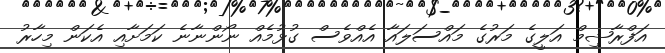
އަފްރާޝިމް އަލީގެ މަރުގެ މައްސަލައާ އެއްވެސް ގުޅުމެއް ނޯންނާނެ ކަމަށާއި އެކަން މިހާރު